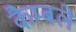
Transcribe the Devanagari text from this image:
कैम्बले